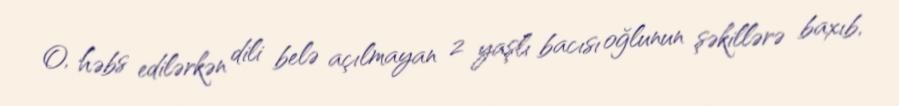
O, həbs edilərkən dili belə açılmayan 2 yaşlı bacısı oğlunun şəkillərə baxıb,